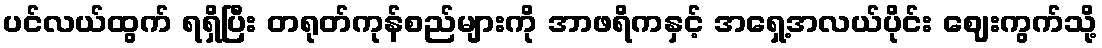
ပင်လယ်ထွက် ရရှိပြီး တရုတ်ကုန်စည်များကို အာဖရိကနှင့် အရှေ့အလယ်ပိုင်း ဈေးကွက်သို့